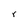
Character: r